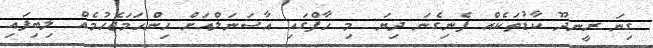
ގިނަ ރީނދޫ ކާޑުތަކެއް ފެނިގެނަ ދިޔަ މި ހާފްގައި އާސަނަލްއަށް ހިންހަމަޖެހުމެއް ލިބިފައި